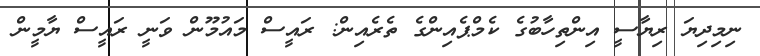
ނިމިދިޔަ ރިޔާސީ އިންތިހާބުގެ ކެމްޕެއިންގެ ތެރެއިން: ރައީސް މައުމޫން ވަނީ ރައީސް ޔާމީން